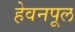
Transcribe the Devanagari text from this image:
हेवनपूल